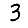
Digit: 3